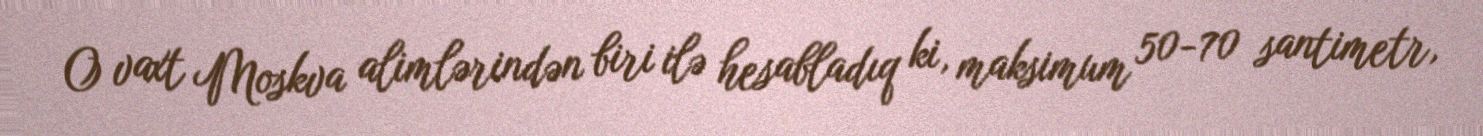
O vaxt Moskva alimlərindən biri ilə hesabladıq ki, maksimum 50-70 santimetr,